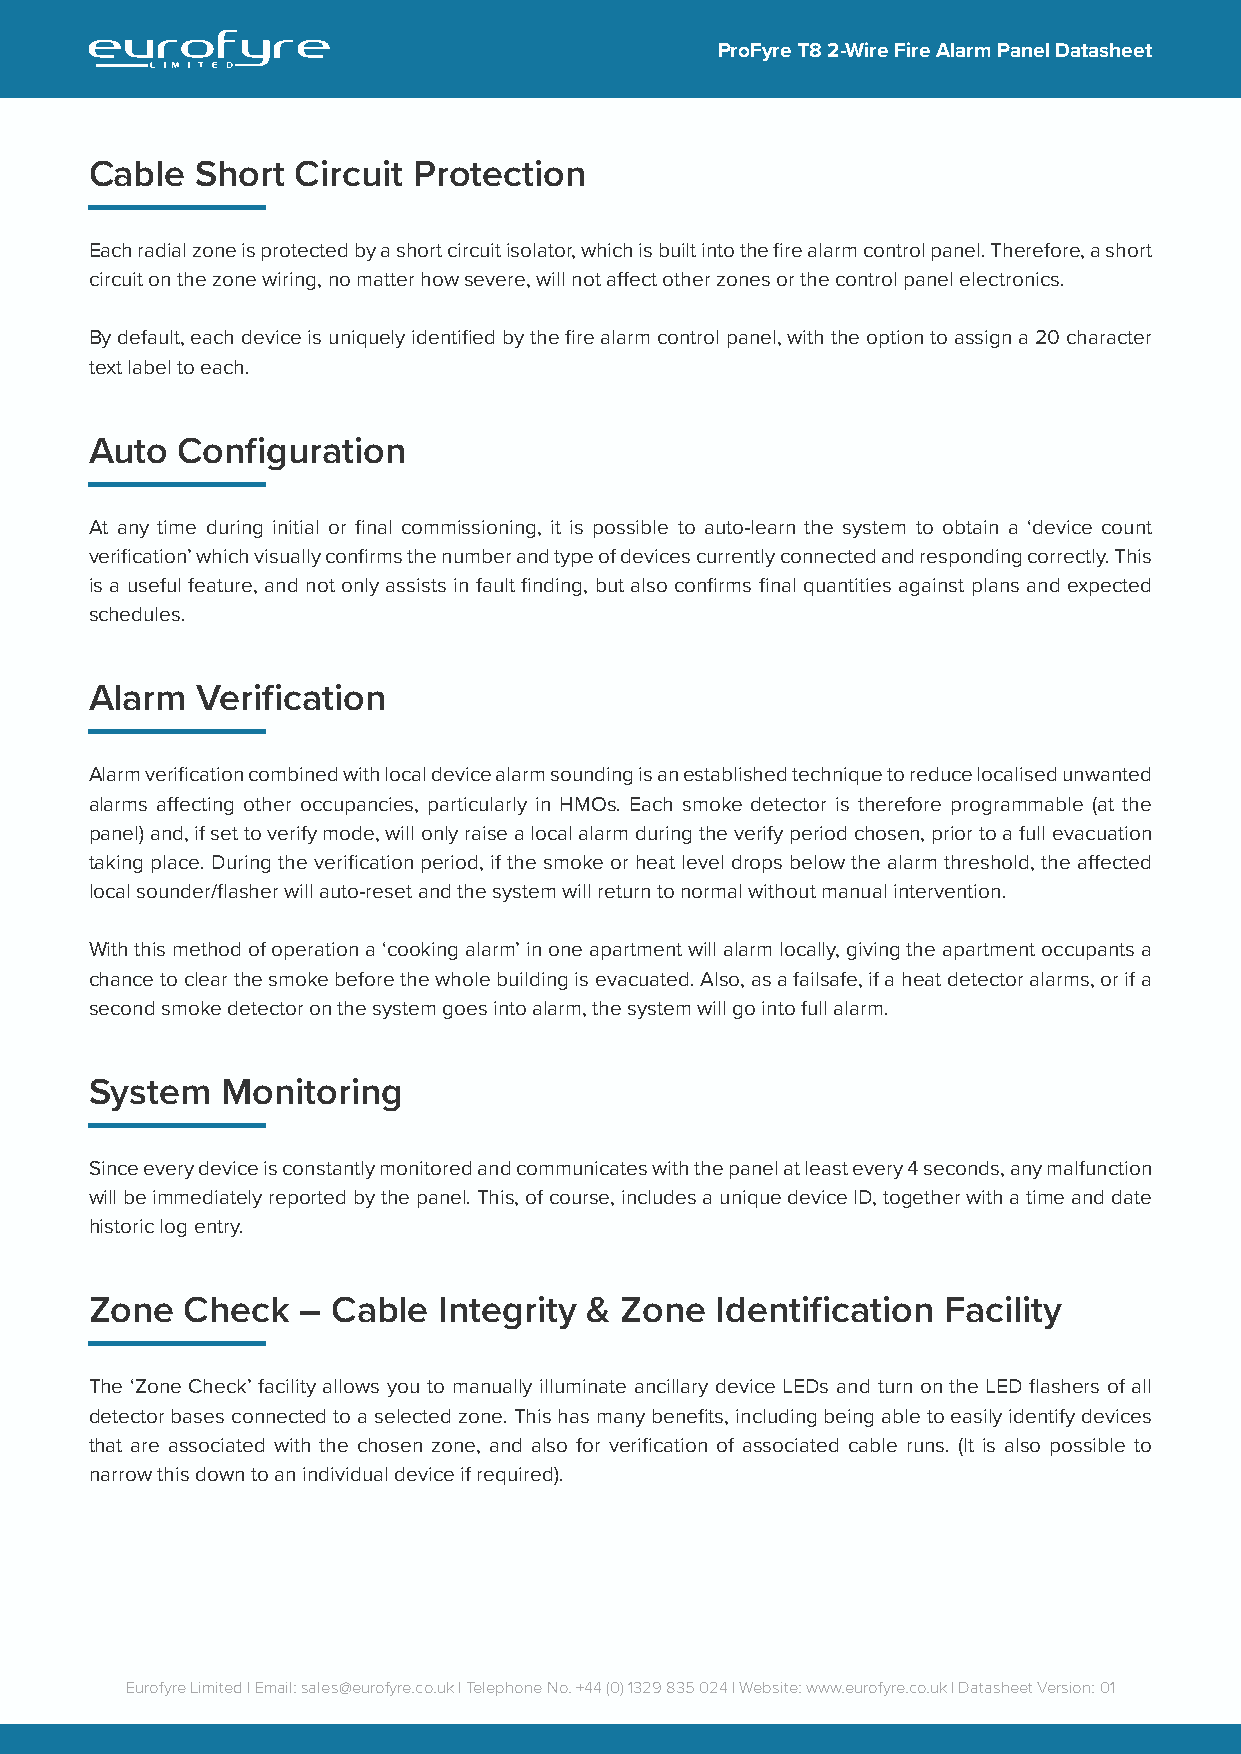
ProFyre T8 2-Wire Fire Alarm Panel Datasheet
 Cable  Short  Circuit Protection
 Each radial zone is protected by a short circuit isolator, which is built into the fire alarm control panel. Therefore, a short
 circuit on the zone wiring, no matter how severe, will not affect other zones or the control panel electronics.
 By default, each device is uniquely identified by the fire alarm control panel, with the option to assign a 20 character
 text label to each.
 Auto  Configuration
 At any time during initial or final commissioning, it is possible to auto-learn the system to obtain a ‘device count
 verification’ which visually confirms the number and type of devices currently connected and responding correctly. This
 is a useful feature, and not only assists in fault finding, but also confirms final quantities against plans and expected
 schedules.
 Alarm  Verification
 Alarm verification combined with local device alarm sounding is an established technique to reduce localised unwanted
 alarms affecting other occupancies, particularly in HMOs. Each smoke detector is therefore programmable (at the
 panel) and, if set to verify mode, will only raise a local alarm during the verify period chosen, prior to a full evacuation
 taking place. During the verification period, if the smoke or heat level drops below the alarm threshold, the affected
 local sounder/flasher will auto-reset and the system will return to normal without manual intervention.
 With this method of operation a ‘cooking alarm’ in one apartment will alarm locally, giving the apartment occupants a
 chance to clear the smoke before the whole building is evacuated. Also, as a failsafe, if a heat detector alarms, or if a
 second smoke detector on the system goes into alarm, the system will go into full alarm.
 System   Monitoring
 Since every device is constantly monitored and communicates with the panel at least every 4 seconds, any malfunction
 will be immediately reported by the panel. This, of course, includes a unique device ID, together with a time and date
 historic log entry.
 Zone  Check   – Cable  Integrity & Zone  Identification Facility
 The ‘Zone Check’ facility allows you to manually illuminate ancillary device LEDs and turn on the LED flashers of all
 detector bases connected to a selected zone. This has many benefits, including being able to easily identify devices
 that are associated with the chosen zone, and also for verification of associated cable runs. (It is also possible to
 narrow this down to an individual device if required).
 Eurofyre Limited | Email: sales@eurofyre.co.uk | Telephone No. +44 (0) 1329 835 024 | Website: www.eurofyre.co.uk | Datasheet Version: 01